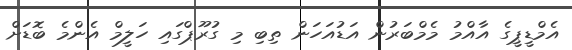
އެމްޑީޕީގެ އާއްމު މެމްބަރުން އަޑުއަހަން ތިބި މި ގުރޫޕްގައި ހަލީމް އެންމެ ބޮޑަށް